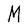
Character: M